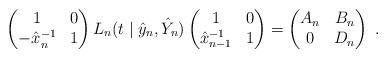
LaTeX: \begin{align*}\begin{pmatrix} 1 & 0 \cr - \hat{x}_{n}^{-1} & 1 \end{pmatrix} L_n(t \mid \hat{y}_n, \hat{Y}_n) \begin{pmatrix} 1 & 0 \cr \hat{x}_{n-1}^{-1} & 1 \end{pmatrix} = \begin{pmatrix} A_n & B_n \cr 0 & D_n \end{pmatrix} \;. \end{align*}